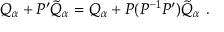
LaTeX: Q _ { \alpha } + P ^ { \prime } { \tilde { Q } } _ { \alpha } = Q _ { \alpha } + P ( P ^ { - 1 } P ^ { \prime } ) { \tilde { Q } } _ { \alpha } \ .